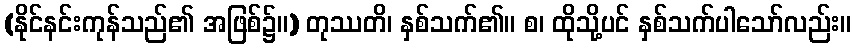
(နိုင်နင်းကုန်သည်၏ အဖြစ်၌။) တုဿတိ၊ နှစ်သက်၏။ စ၊ ထိုသို့ပင် နှစ်သက်ပါသော်လည်း။